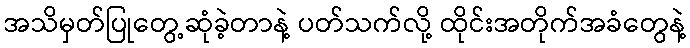
အသိမှတ်ပြုတွေ့ဆုံခဲ့တာနဲ့ ပတ်သက်လို့ ထိုင်းအတိုက်အခံတွေနဲ့